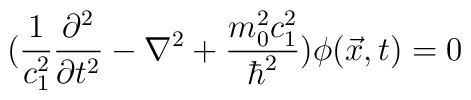
(\frac{1}{c_{1}^{2}}\frac{\partial^2}{\partial t^{2}}-\nabla^{2}+\frac{m_{0}^{2}c_{1}^2}{\hbar^2})\phi(\vec{x},t)=0